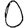
Digit: 0